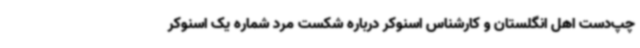
چپ‌دست اهل انگلستان و کارشناس اسنوکر درباره شکست مرد شماره یک اسنوکر